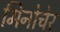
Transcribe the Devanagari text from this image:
मिनोचेर